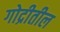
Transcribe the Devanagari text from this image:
गोद्रीतील